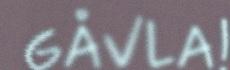
GÅVLA!